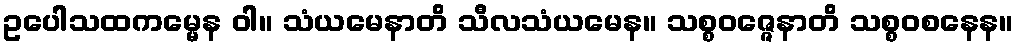
ဥပေါသထကမ္မေန ဝါ။ သံယမေနာတိ သီလသံယမေန။ သစ္စဝဇ္ဇေနာတိ သစ္စဝစနေန။